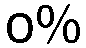
ဝ%